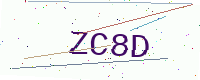
Text: ZC8D